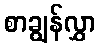
စာချွန်လွှာ